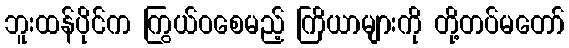
ဘူးထန်ပိုင်က ကြွယ်ဝစေမည့် ကြိယာများကို တို့တပ်မတော်